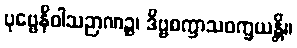
ပုဗ္ဗေနိဝါသဉာဏဉ္စ၊ ဒိဗ္ဗစက္ခာသဝက္ခယန္တိ။